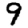
Digit: 9